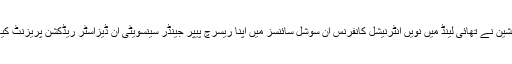
افشین نے تھائی لینڈ میں نویں انٹرنیشل کانفرنس ان سوشل سائنسز میں اپنا ریسرچ پیپر جینڈر سینسویٹی ان ڈیزاسٹر ریڈکشن پریزنٹ کیا۔